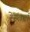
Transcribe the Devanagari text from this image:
रेस्‍तरां